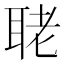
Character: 𦕳